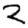
Digit: 2